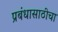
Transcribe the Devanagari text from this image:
प्रबंधासाठीचा